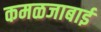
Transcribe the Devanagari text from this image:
कमळजाबाई